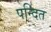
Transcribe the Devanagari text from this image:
पन्दित